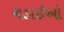
ચડાઈઓ